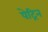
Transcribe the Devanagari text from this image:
पेट्रिन